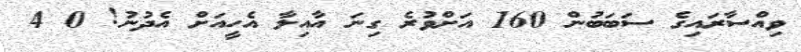
ވިއްސާރައިގެ ސަބަބުން 160 އަށްވުރެ ގިނަ އާއިލާ އެހީއަށް އެދުނު! 0 4